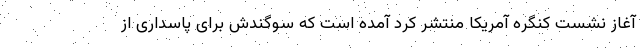
آغاز نشست کنگره آمریکا منتشر کرد آمده است که سوگندش برای پاسداری از